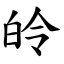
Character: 皊